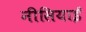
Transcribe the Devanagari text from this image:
नीसियाई